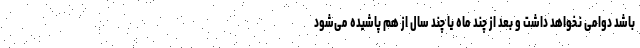
باشد دوامی نخواهد داشت و بعد از چند ماه یا چند سال از هم پاشیده می‌شود